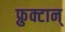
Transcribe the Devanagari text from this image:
फ्रुक्टान्